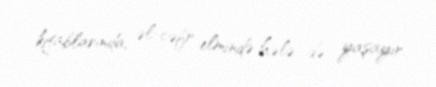
kitablarında, əl-cəfr elmində hələ də yaşayır.